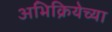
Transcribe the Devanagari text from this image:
अभिक्रियेच्या